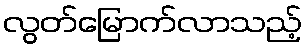
လွတ်မြောက်လာသည့်